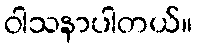
ဝါသနာပါတယ်။